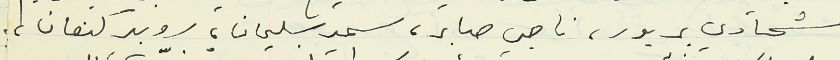
شحادي بربور، ناجي صابر، سمير سليمان، روبير كنعان،